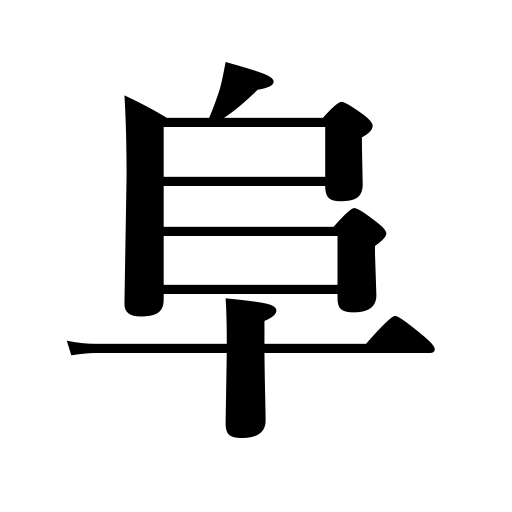
Meanings: mound,hill